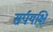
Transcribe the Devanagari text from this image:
सर्पयक्षि